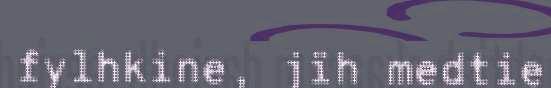
fylhkine, jïh medtie